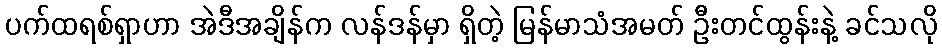
ပက်ထရစ်ရှာဟာ အဲဒီအချိန်က လန်ဒန်မှာ ရှိတဲ့ မြန်မာသံအမတ် ဦးတင်ထွန်းနဲ့ ခင်သလို